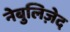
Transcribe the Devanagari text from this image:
नेबुलिज़ेद